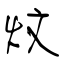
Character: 炆